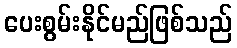
ပေးစွမ်းနိုင်မည်ဖြစ်သည်